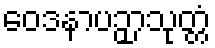
ဝေဒနာပဉှာသုတ္တံ